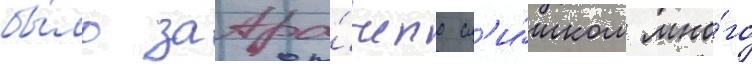
бы́ло затра́чено сл'и́шком мно́го